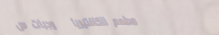
مطعم الكافتيريا   وجبات س